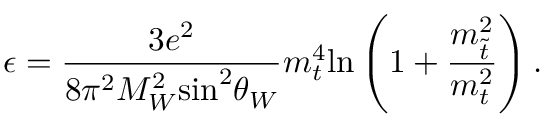
\epsilon = \frac { 3 e ^ { 2 } } { 8 \pi ^ { 2 } M _ { W } ^ { 2 } \mathrm { s i n } ^ { 2 } \theta _ { W } } m _ { t } ^ { 4 } \mathrm { l n } \left( 1 + \frac { { m } _ { \tilde { t } } ^ { 2 } } { m _ { t } ^ { 2 } } \right) .